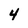
Character: 4